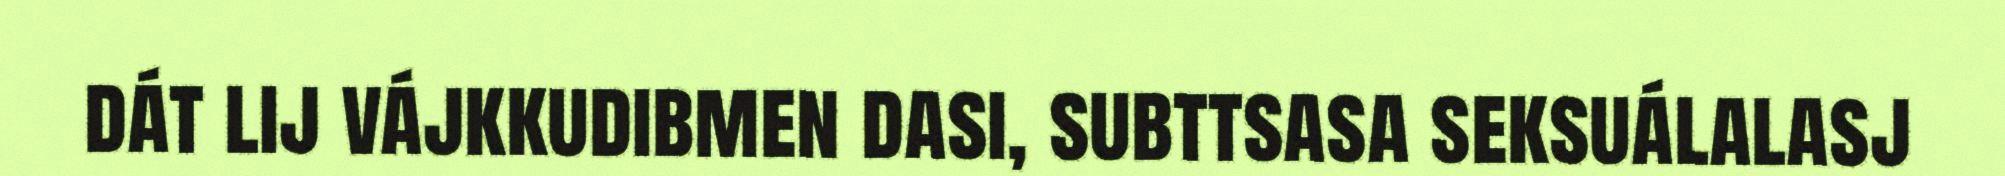
dát lij vájkkudibmen dasi, subttsasa seksuálalasj